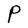
Character: P